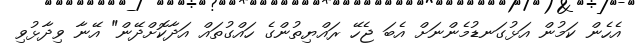
އެހެން ކަމުން އަޅުގަނޑުމެންނަށް އެބަ ޖެހޭ ރައްޔިތުންގެ ހައްގުތައް އަދާކޮށްދޭން" އޭނާ ވިދާޅުވި